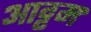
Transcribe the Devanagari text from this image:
आट्टम